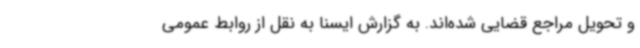
و تحویل مراجع قضایی شده‌اند. به گزارش ایسنا به نقل از روابط عمومی